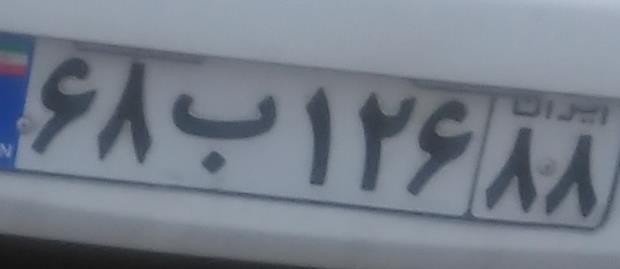
۶۸ب۱۲۶۸۸